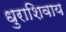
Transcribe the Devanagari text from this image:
धुराशिवाय